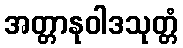
အတ္တာနုဝါဒသုတ္တံ